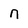
Character: n